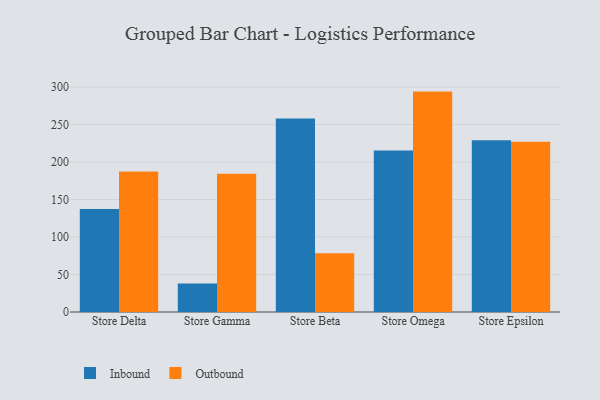
{"axis": {"x": "Store", "y": "Production Output"}, "legend": ["Inbound", "Outbound"], "data": [{"x": "Store Delta", "y": 137.3, "type": "Inbound"}, {"x": "Store Delta", "y": 187.5, "type": "Outbound"}, {"x": "Store Gamma", "y": 38.1, "type": "Inbound"}, {"x": "Store Gamma", "y": 184.5, "type": "Outbound"}, {"x": "Store Beta", "y": 258.1, "type": "Inbound"}, {"x": "Store Beta", "y": 78.3, "type": "Outbound"}, {"x": "Store Omega", "y": 215.2, "type": "Inbound"}, {"x": "Store Omega", "y": 293.9, "type": "Outbound"}, {"x": "Store Epsilon", "y": 229.0, "type": "Inbound"}, {"x": "Store Epsilon", "y": 227.0, "type": "Outbound"}]}